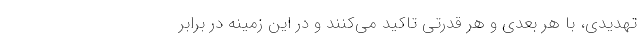
تهدیدی، با هر بعدی و هر قدرتی تاکید می‌کنند و در این زمینه در برابر